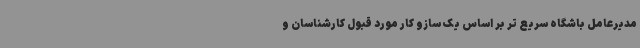
مدیرعامل باشگاه سریع تر بر اساس یک سازو کار مورد قبول کارشناسان و